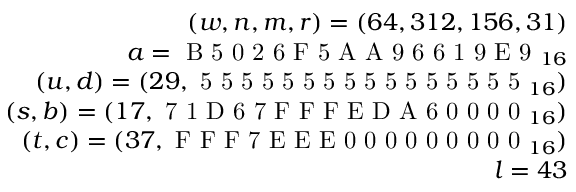
{ \begin{array} { r } { ( w , n , m , r ) = ( 6 4 , 3 1 2 , 1 5 6 , 3 1 ) } \\ { a = { \textrm { B 5 0 2 6 F 5 A A 9 6 6 1 9 E 9 } } _ { 1 6 } } \\ { ( u , d ) = ( 2 9 , { \textrm { 5 5 5 5 5 5 5 5 5 5 5 5 5 5 5 5 } } _ { 1 6 } ) } \\ { ( s , b ) = ( 1 7 , { \textrm { 7 1 D 6 7 F F F E D A 6 0 0 0 0 } } _ { 1 6 } ) } \\ { ( t , c ) = ( 3 7 , { \textrm { F F F 7 E E E 0 0 0 0 0 0 0 0 0 } } _ { 1 6 } ) } \\ { l = 4 3 } \end{array} }